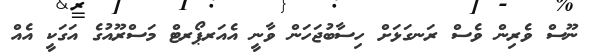
ނޫސް ވެރިން ވެސް ރަނގަޅަށް ހިސާބުޖަހަން ވާނީ އެއަރޕޯރޓް މަސްރޫއުގެ އަގަކީ އެއް